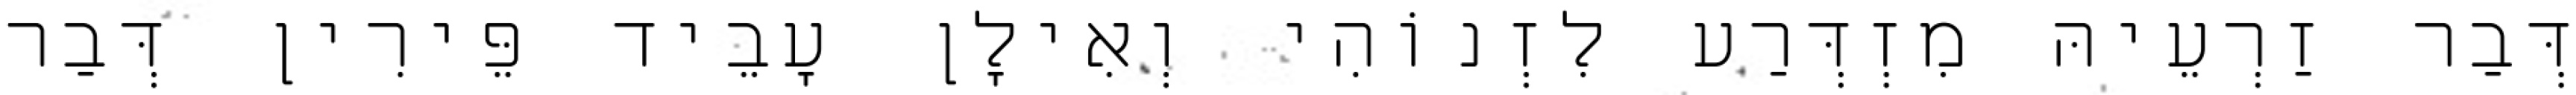
דְּבַר זַרְעֵיהּ מִזְדְּרַע לִזְנוֹהִי וְאִילָן עָבֵיד פֵּירִין דְּבַר